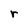
Character: r